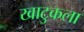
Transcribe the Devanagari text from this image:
खाटुकला